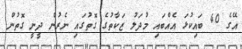
އޭގެ 40 ބައިކުޅަ އެއްބައި މުދަލު ޒަކާތުގެ ގޮތުގައި ނެރުން ދީނީ ގޮތުން